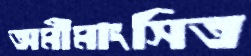
অমীমাংসিত